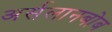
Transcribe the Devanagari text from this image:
अर्सलानबोब